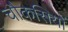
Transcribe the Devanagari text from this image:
चौकसियों